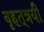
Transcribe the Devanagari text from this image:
बृहत्‌त्रयी